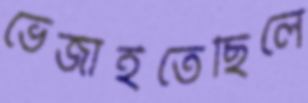
ভেজাইতেছিলে